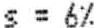
S = 6%